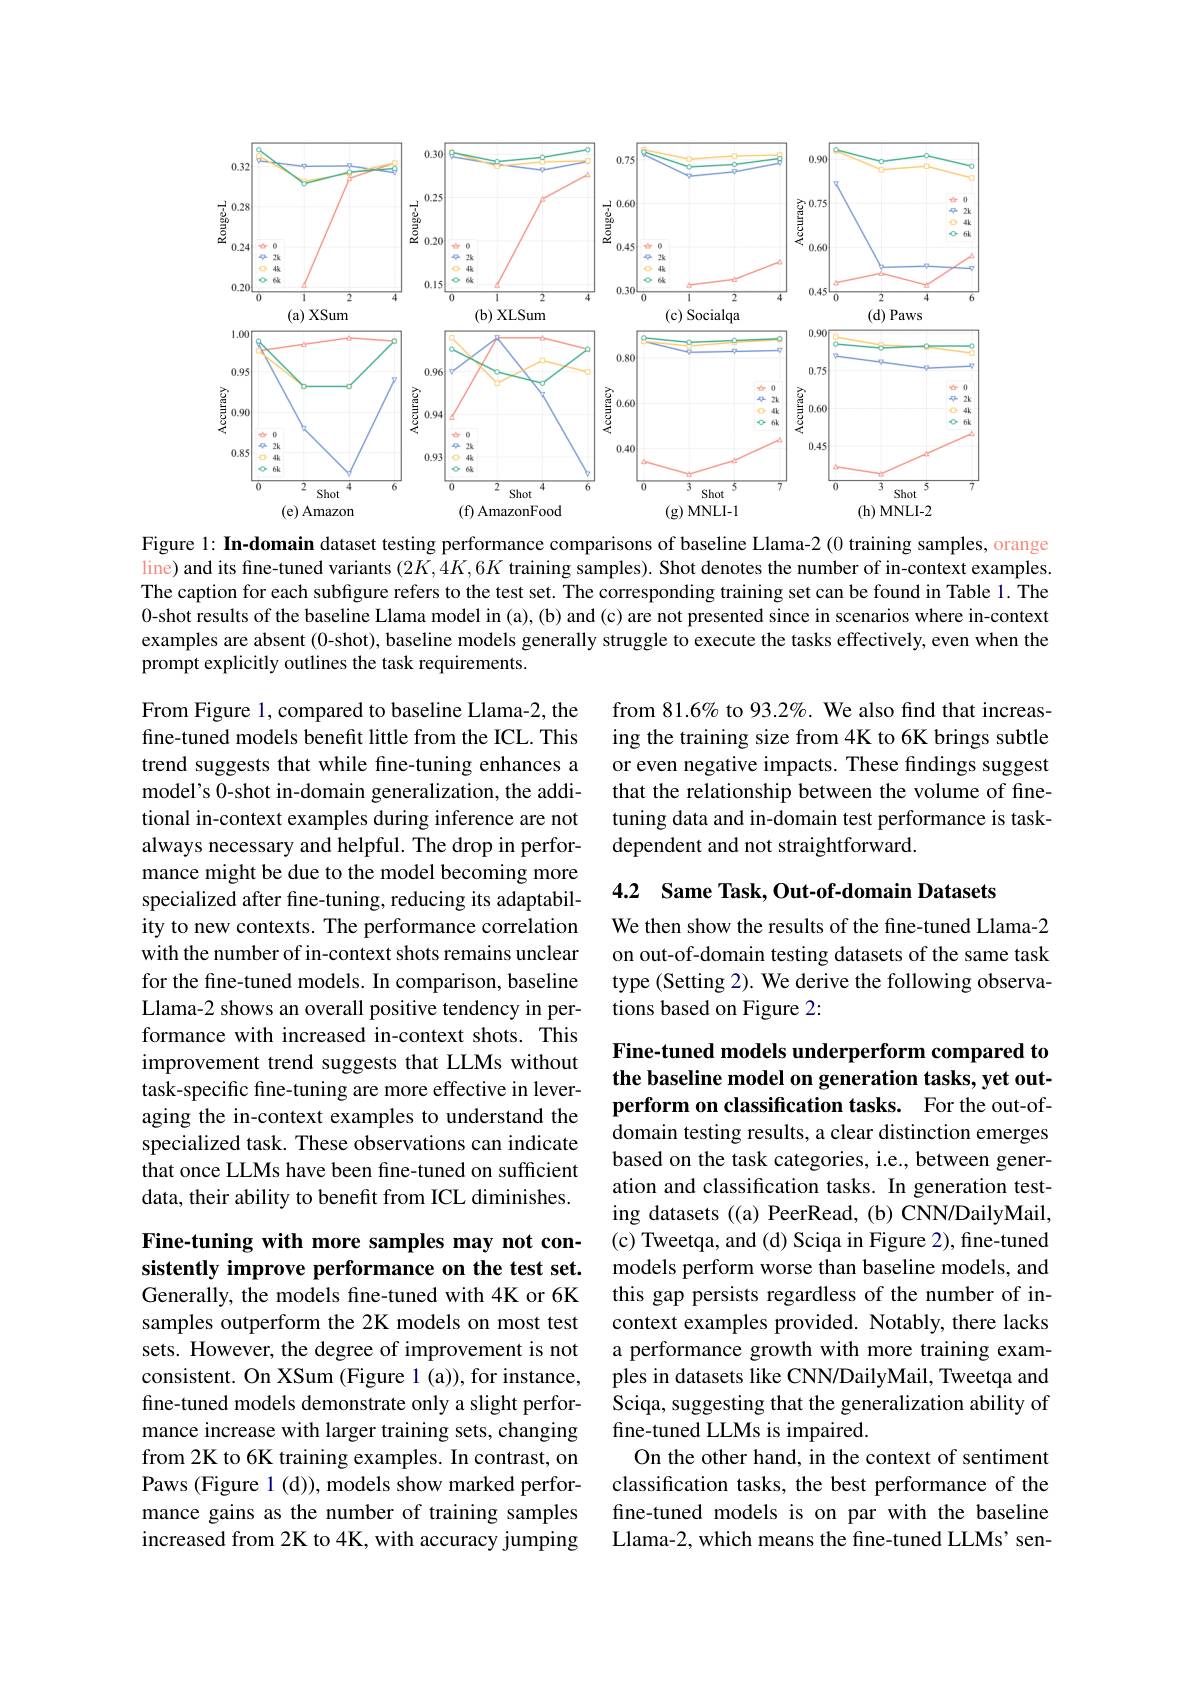
<FigureHere>
Figure 1: In-domain dataset testing performance comparisons of baseline Llama-2 (0 training samples, orange

line) and its fine-tuned variants $(2K,4K,6K$ training samples). Shot denotes the number of in-context examples. The caption for each subfgure refers to the test set. The corresponding training set can be found in Table l. The 0-shot results of the baseline Llama model in (a), (b) and (c) are not presented since in scenarios where in-context examples are absent (0-shot), baseline models generally struggle to execute the tasks effectively, even when the prompt explicitly outlines the task requirements.

from 81.6% to 93.2%. We also find that increasing the training size from 4K to 6K brings subtle or even negative impacts. These findings suggest that the relationship between the volume of finetuning data and in-domain test performance is taskdependent and not straightforward.

4.2 Same Task, Out-of-domain Datasets

From Figure 1, compared to baseline Llama-2, the fine-tuned models benefit little from the ICL. This trend suggests that while fine-tuning enhances a model's 0-shot in-domain generalization, the additional in-context examples during inference are not always necessary and helpful. The drop in performance might be due to the model becoming more specialized after fne-tuning, reducing its adaptability to new contexts. The performance correlation with the number of in-context shots remains unclear for the fine-tuned models. In comparison, baseline Llama-2 shows an overall positive tendency in performance with increased in-context shots. This improvement trend suggests that LLMs without task-specific fine-tuning are more effective in leveraging the in-context examples to understand the specialized task. These observations can indicate that once LLMs have been fine-tuned on sufficient data, their ability to benefit from ICL diminishes.

We then show the results of the fine-tuned Llama-2 on out-of-domain testing datasets of the same task type (Setting 2). We derive the following observations based on Figure 2:

# Fine-tuned models underperform compared to the baseline model on generation tasks, yet outperform on classification tasks. For the out-of-

### Fine-tuning with more samples may not consistently improve performance on the test set. Generally, the models fine-tuned with 4K or 6K

domain testing results, a clear distinction emerges based on the task categories, i.e., between generation and classification tasks. In generation testing datasets ((a) PeerRead, (b) CNN/DailyMail, (c) Tweetqa, and (d) Sciqa in Figure 2), fine-tuned models perform worse than baseline models, and this gap persists regardless of the number of incontext examples provided. Notably, there lacks a performance growth with more training examples in datasets like CNN/DailyMail, Tweetqa and Sciqa, suggesting that the generalization ability of fine-tuned LLMs is impaired.
On the other hand, in the context of sentiment classification tasks, the best performance of the fine-tuned models is on par with the baseline Llama-2, which means the fine-tuned LLMs' sen-

samples outperform the 2K models on most test sets. However, the degree of improvement is not consistent. On XSum (Figure 1 (a)),for instance, fine-tuned models demonstrate only a slight performance increase with larger training sets, changing from 2K to 6K training examples. In contrast, on Paws (Figure 1 (d)), models show marked performance gains as the number of training samples increased from 2K to 4K, with accuracy jumping